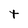
Character: t